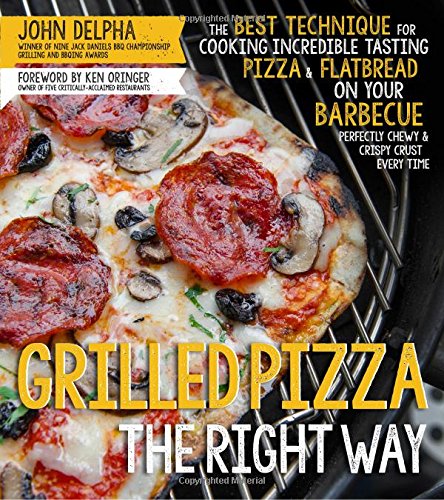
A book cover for Grilled Pizza the Right Way: The Best Technique for Cooking Incredible Tasting Pizza & Flatbread on Your Barbecue Perfectly Chewy & Crispy Every Time; John Delpha; Cookbooks, Food & Wine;